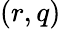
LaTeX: (r,q)